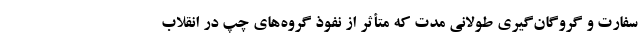
سفارت و گروگان‌گیری طولانی مدت که متأثر از نفوذ گروه‌های چپ در انقلاب